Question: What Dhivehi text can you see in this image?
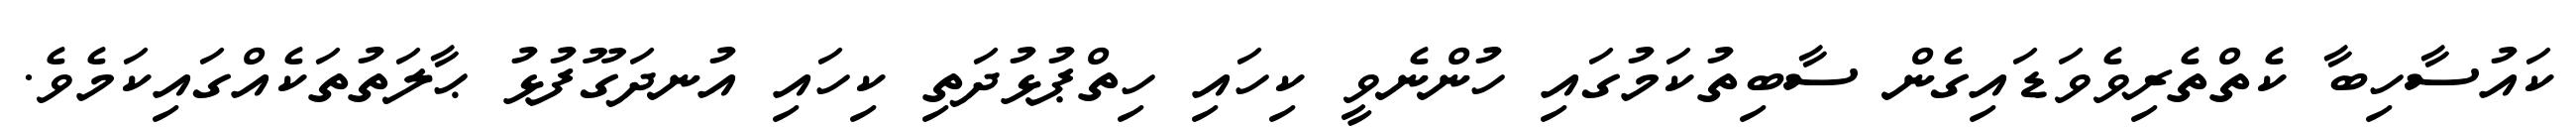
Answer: ކައުސާހިބާ ކެތްތެރިވެވަޑައިގެން ސާބިތުކަމުގައި ހުންނެވީ ކިހައި ހިތްޕުޅުދަތި ކިހައި އުނދަގޫފުޅު ޙާލަތުތަކެއްގައިކަމެވެ.